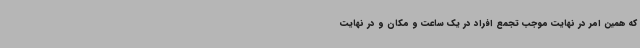
که همین امر در نهایت موجب تجمع افراد در یک ساعت و مکان و در نهایت